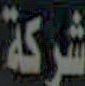
شركة